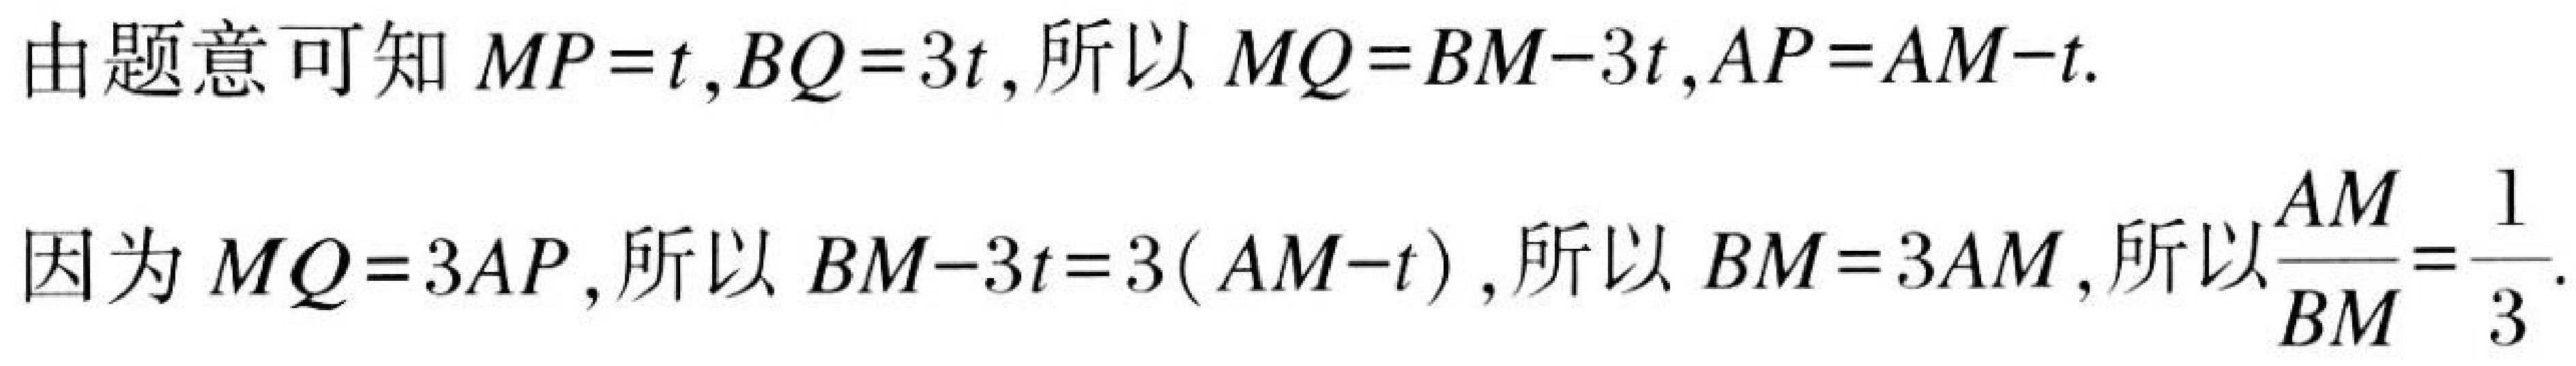
由题意可知\(MP = t,BQ = 3t\)，所以\(MQ=BM - 3t,AP=AM - t\).

因为\(MQ = 3AP\)，所以\(BM - 3t=3(AM - t)\)，所以\(BM = 3AM\)，所以\(\frac{AM}{BM}=\frac{1}{3}\).